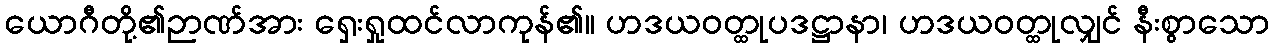
ယောဂီတို့၏ဉာဏ်အား ရှေးရှုထင်လာကုန်၏။ ဟဒယဝတ္ထုပဒဋ္ဌာနာ၊ ဟဒယဝတ္ထုလျှင် နီးစွာသော